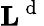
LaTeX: {\mathbf L}^{\mathrm{~d~}}